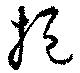
挹